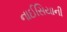
નાઈસિયાની